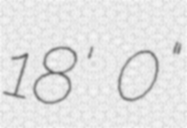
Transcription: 18' 0"